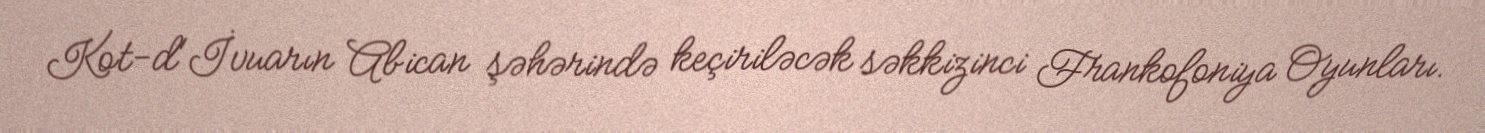
Kot-d'İvuarın Abican şəhərində keçiriləcək səkkizinci Frankofoniya Oyunları.